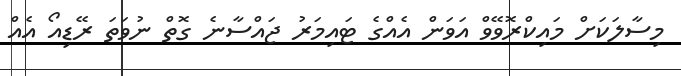
މިސާލަކަށް މައިކްރޮވޭވް އަވަން އެއްގެ ޓައިމަރު ޖައްސާނެ ގޮތް ނުވަތަ ރޭޑިއޯ އެއް